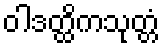
ဝါဒတ္ထိကသုတ္တံ